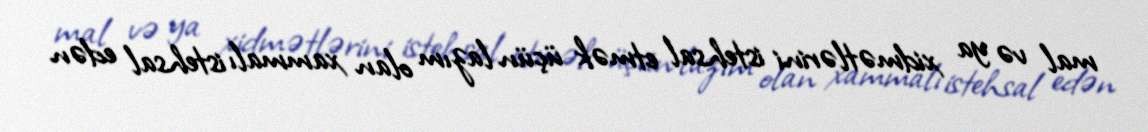
mal və ya xidmətlərini istehsal etmək üçün lazım olan xammalı istehsal edən